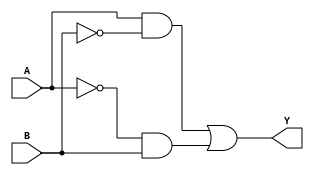
module XOR_gate(
    input A,
    input B,
    output Y
);

wire w1, w2;

assign w1 = A & ~B;
assign w2 = ~A & B;
assign Y = w1 | w2;

endmodule